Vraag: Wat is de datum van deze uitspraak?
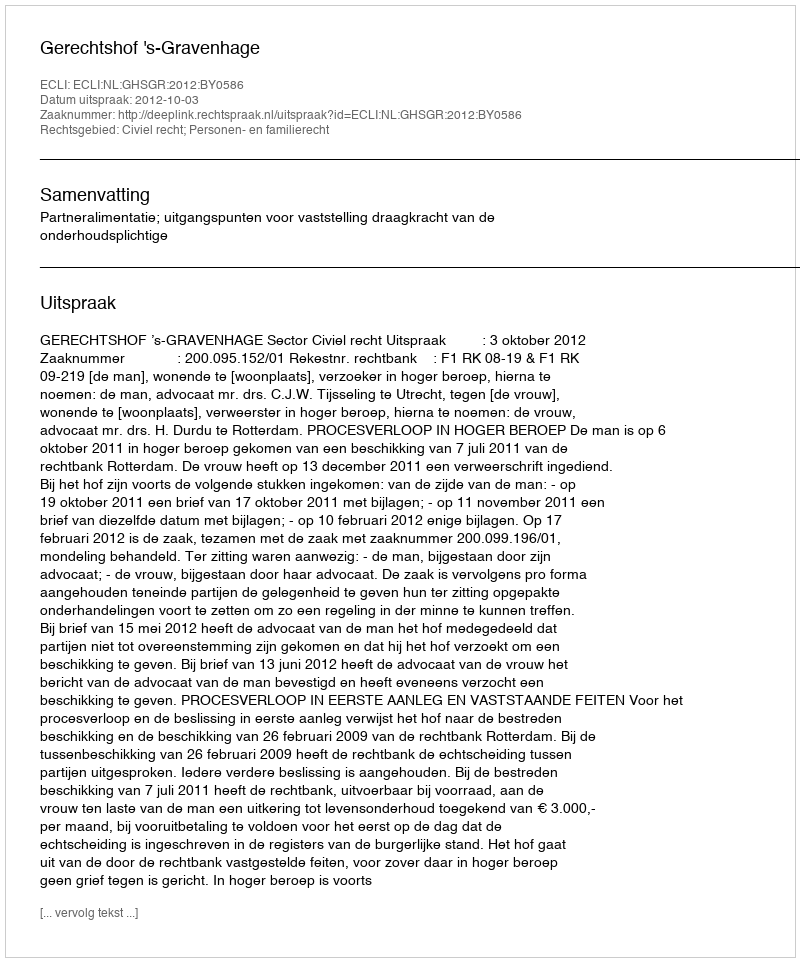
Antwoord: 2012-10-03